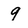
Character: 9